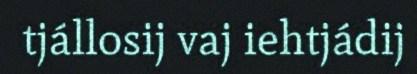
tjállosij vaj iehtjádij